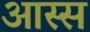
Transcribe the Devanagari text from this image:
आस्स